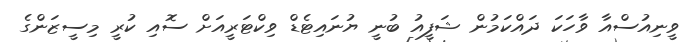
ވީނިއުސްއާ ވާހަކަ ދައްކަމުން ޝަފީއު ބުނީ ޔުނައިޓެޑް ވިކްޓަރީއަށް ސޮއި ކުރީ މިސީޒަންގެ